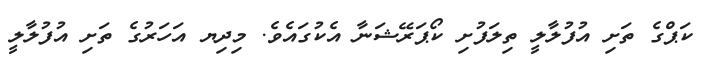
ކަޕްގެ ތަށި އުފުލާލީ ތިލަފުށި ކޯޕަރޭޝަނާ އެކުގައެވެ. މިދިޔ އަހަރުގެ ތަށި އުފުލާލީ